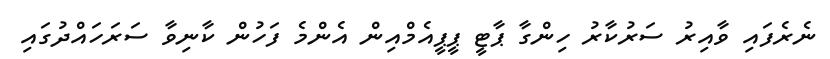
ނެރެފައި ވާއިރު ސަރުކާރު ހިންގާ ޕާޓީ ޕީޕީއެމްއިން އެންމެ ފަހުން ކާނިވާ ސަރަހައްދުގައި